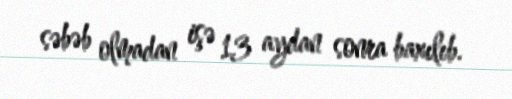
səbəb olmadan işə 13 aydan sonra baxılıb.